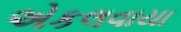
એકલવાયા